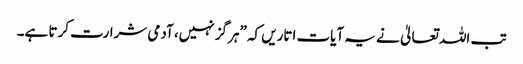
تب اللہ تعالیٰ نے یہ آیات اتاریں کہ ”ہرگز نہیں، آدمی شرارت کرتا ہے۔